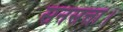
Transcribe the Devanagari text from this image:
सनसत्ता।